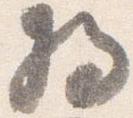
将